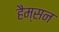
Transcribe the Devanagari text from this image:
हैम्सन